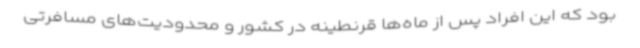
بود که این افراد پس از ماه‌ها قرنطینه در کشور و محدودیت‌های مسافرتی